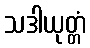
သဒါယုတ္တံ